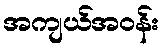
အကျယ်အဝန်း